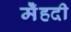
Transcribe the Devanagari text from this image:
मेँहदी